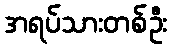
အရပ်သားတစ်ဦး